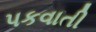
પકવાતી